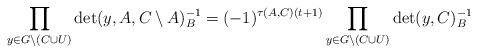
LaTeX: \begin{align*}\prod_{y \in G \setminus (C \cup U)} \det(y, A, C \setminus A)^{-1}_{B} = (-1)^{\tau(A,C)(t+1)} \prod_{y \in G \setminus (C \cup U)} \det(y,C)^{-1}_{B}\end{align*}